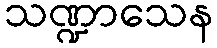
သဏ္ဍာသေန